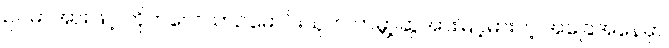
ဥပမာအားဖြင့် တိုက်လေယာဉ်မောင်းသူက ကမ္ဘာ့ဆွဲအားမြင့်မားတဲ့ အခြေအနေမှာ